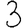
Digit: 3